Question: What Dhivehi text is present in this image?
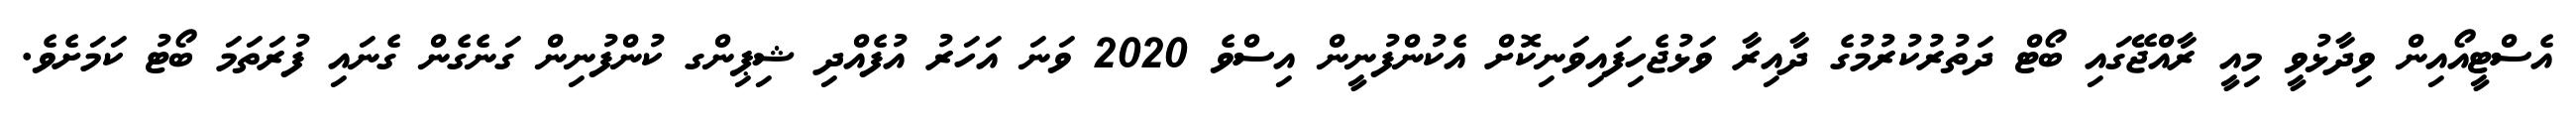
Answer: އެސްޓީއޯއިން ވިދާޅުވީ މިއީ ރާއްޖޭގައި ބޯޓް ދަތުރުކުރުމުގެ ދާއިރާ ވަޅުޖެހިފައިވަނިކޮށް އެކުންފުނީން އިސްވެ 2020 ވަނަ އަހަރު އުފެއްދި ޝިޕިންގ ކުންފުނިން ގަނެގެން ގެނައި ފުރަތަމަ ބޯޓު ކަމަށެވެ.